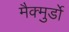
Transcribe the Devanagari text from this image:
मैक्मुर्डो